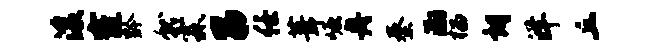
浚窿黔就霖昌任葺崛舟秦渤榴朗洋丘